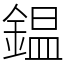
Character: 鎾